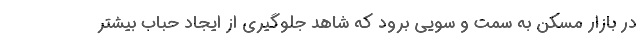
در بازار مسکن به سمت و سویی برود که شاهد جلوگیری از ایجاد حباب بیشتر